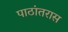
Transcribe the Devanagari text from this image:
पाठांतरास